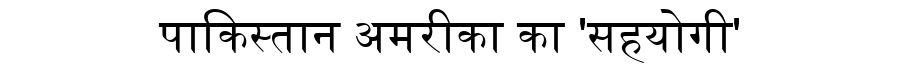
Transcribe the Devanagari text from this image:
पाकिस्तान अमरीका का 'सहयोगी'